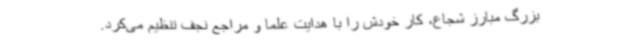
بزرگ مبارز شجاع، کار خودش را با هدایت علما و مراجع نجف تنظیم می‌کرد.